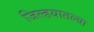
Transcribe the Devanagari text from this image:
जिल्हयातल्या